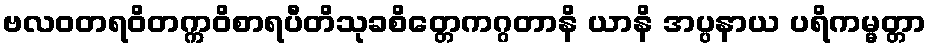
ဗလဝတရဝိတက္ကဝိစာရပီတိသုခစိတ္တေကဂ္ဂတာနိ ယာနိ အပ္ပနာယ ပရိကမ္မတ္တာ